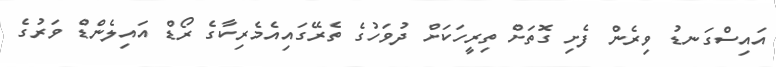
އައިސްގަނޑު ވިރެން ފެށި ގޮތަށް ތިރީހަކަށް ދުވަހުގެ ތެރޭގައިއެމެރިކާގެ ރޯޑް އައިލެންޑް ވަރުގެ